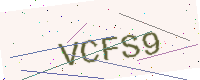
Text: VCFS9